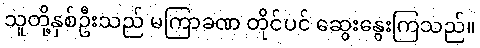
သူတို့နှစ်ဦးသည် မကြာခဏ တိုင်ပင် ဆွေးနွေးကြသည်။